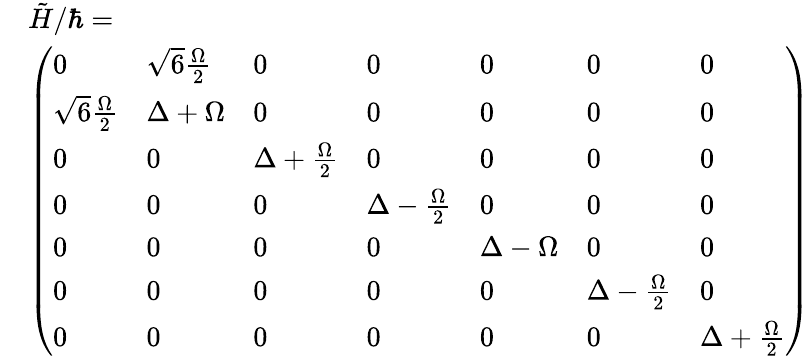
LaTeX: \begin{array}{rl}&{\tilde{H}/\hbar=}\\ &{\left(\begin{array}{lllllll}{0}&{\sqrt{6}\frac{\Omega}{2}}&{0}&{0}&{0}&{0}&{0}\\ {\sqrt{6}\frac{\Omega}{2}}&{\Delta+\Omega}&{0}&{0}&{0}&{0}&{0}\\ {0}&{0}&{\Delta+\frac{\Omega}{2}}&{0}&{0}&{0}&{0}\\ {0}&{0}&{0}&{\Delta-\frac{\Omega}{2}}&{0}&{0}&{0}\\ {0}&{0}&{0}&{0}&{\Delta-\Omega}&{0}&{0}\\ {0}&{0}&{0}&{0}&{0}&{\Delta-\frac{\Omega}{2}}&{0}\\ {0}&{0}&{0}&{0}&{0}&{0}&{\Delta+\frac{\Omega}{2}}\end{array}\right)}\end{array}